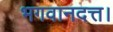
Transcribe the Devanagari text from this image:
भगवानदत्त।